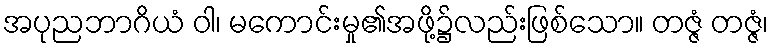
အပုညဘာဂိယံ ဝါ၊ မကောင်းမှု၏အဖို့၌လည်းဖြစ်သော။ တဇ္ဇံ တဇ္ဇံ၊